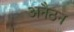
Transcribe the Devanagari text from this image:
अनैठन